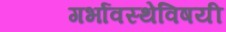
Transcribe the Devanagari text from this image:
गर्भावस्थेविषयी